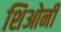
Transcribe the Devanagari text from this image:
शिओनी